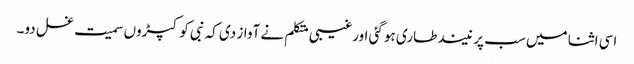
اسی اثنا میں سب پر نیند طاری ہو گئی اورغیبی متکلم نے آواز دی کہ نبی کو کپڑوں سمیت غسل دو۔